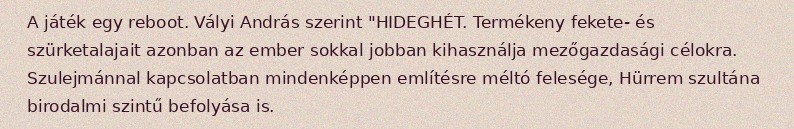
A játék egy reboot. Vályi András szerint "HIDEGHÉT. Termékeny fekete- és szürketalajait azonban az ember sokkal jobban kihasználja mezőgazdasági célokra. Szulejmánnal kapcsolatban mindenképpen említésre méltó felesége, Hürrem szultána birodalmi szintű befolyása is.